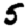
Digit: 5